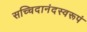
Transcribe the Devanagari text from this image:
सच्चिदानंदस्वरूपं